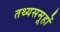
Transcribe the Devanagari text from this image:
तथ्यसमूहों